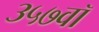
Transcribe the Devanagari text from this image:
३५७वॉ